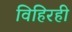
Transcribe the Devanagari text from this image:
विहिरही